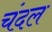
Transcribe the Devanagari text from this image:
चंदल